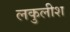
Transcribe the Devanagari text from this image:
लकुलीश